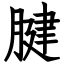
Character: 腱